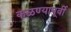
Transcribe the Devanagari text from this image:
कळण्यापूर्वी